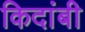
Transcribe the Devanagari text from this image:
किदांबी